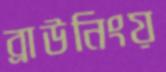
ব্রাউনিংয়